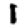
Digit: 1